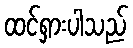
ထင်ရှားပါသည်